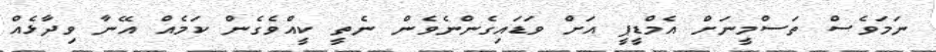
ނަމަވެސް ތަސްމީނަށް އެމްޑީޕީ އަށް ވަޑައިގެންނެވެން ނެތީ ކީއްވެގެން ކަމެއް އޭނާ ވިދާޅެއް